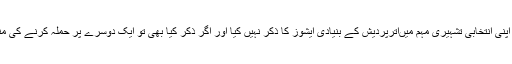
کسی بھی پارٹی نے اپنی انتخابی تشہیری مہم میںاترپردیش کے بنیادی ایشوز کا ذکر نہیں کیا اور اگر ذکر کیا بھی تو ایک دوسرے پر حملہ کرنے کی منشا زیادہ ظاہر ہوئی۔